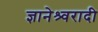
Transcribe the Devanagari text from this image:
ज्ञानेश्र्वरादी